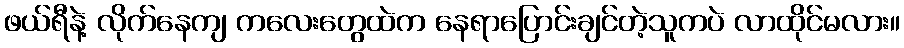
ဖယ်ရီနဲ့ လိုက်နေကျ ကလေးတွေထဲက နေရာပြောင်းချင်တဲ့သူကပဲ လာထိုင်မလား။